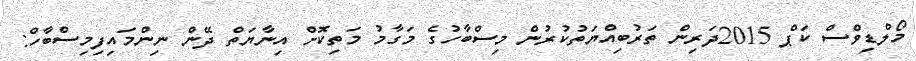
މޯލްޑިވްސް ކަޕް 2015ދަރިން ތަރުބިއްޔަތުކުރުން މިސްބާހުގެ މަގާމު މަތިކޮށް އިނާޔަތް ދޭން ނިންމައިފިމިސްބާހް: